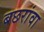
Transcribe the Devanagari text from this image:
बछरांवा